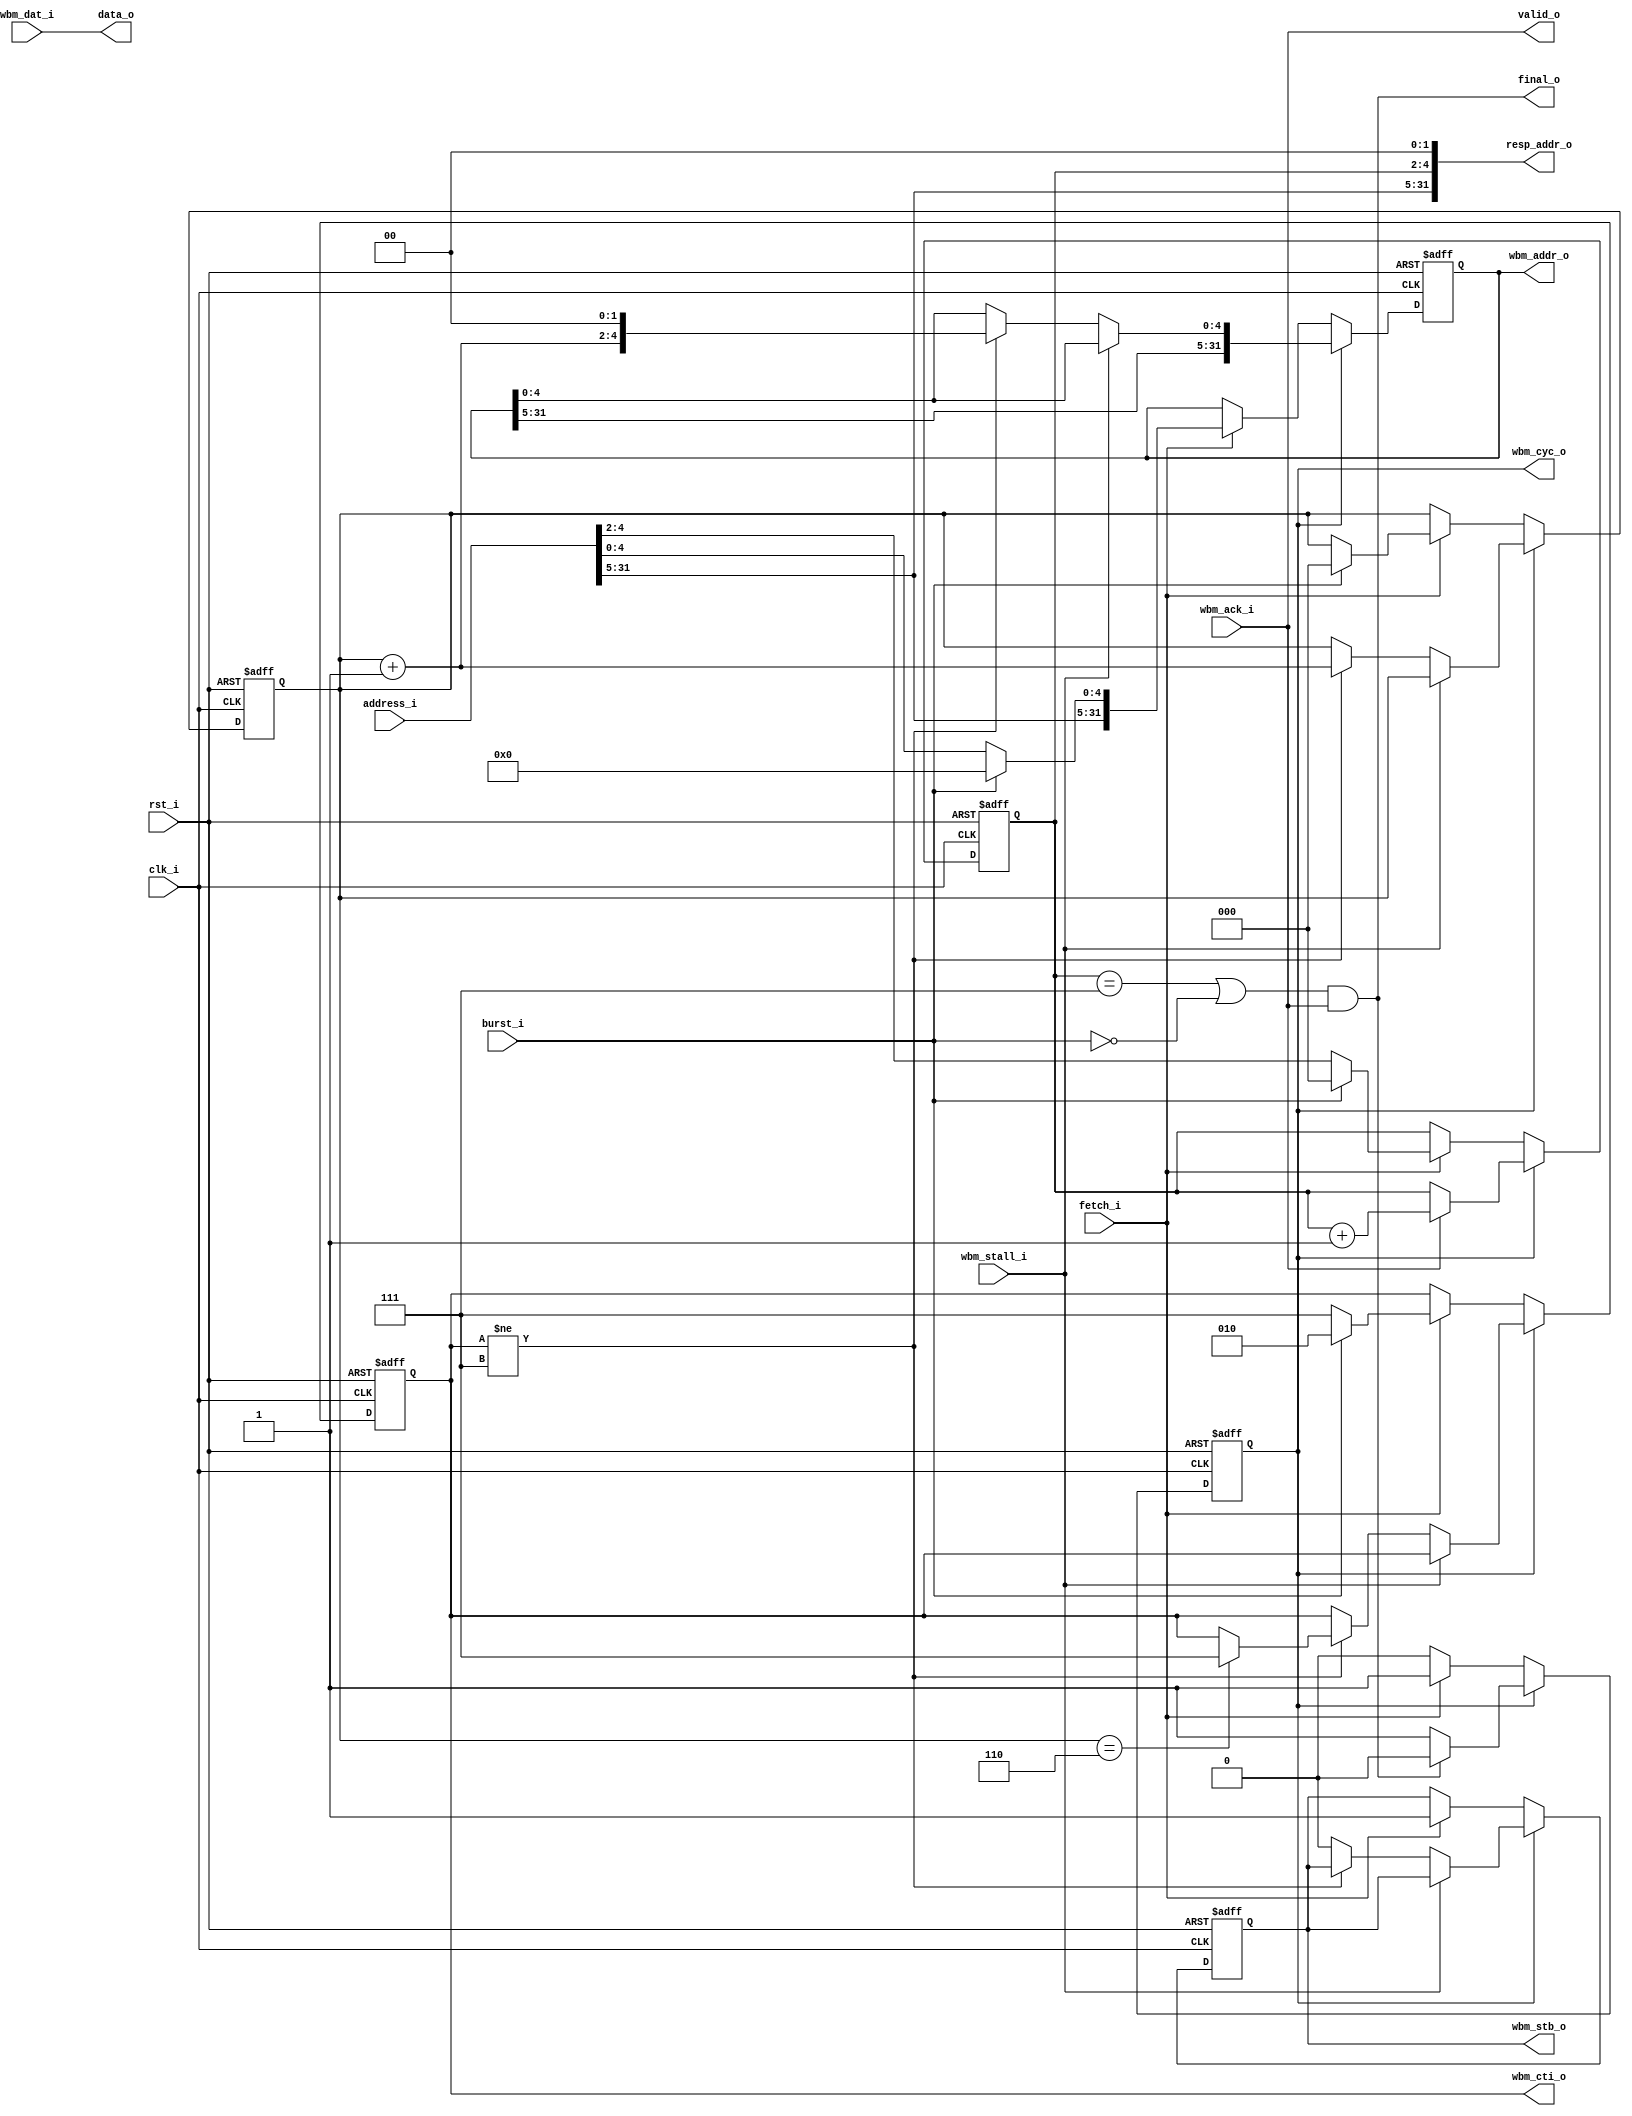
module altor32_wb_fetch
( 
    input                       clk_i ,
    input                       rst_i ,
    input                       fetch_i ,
    input                       burst_i ,
    input [31:0]                address_i ,
    output [31:0]               resp_addr_o ,
    output [31:0]               data_o ,
    output                      valid_o ,
    output                      final_o ,
    output reg [31:0]           wbm_addr_o ,
    input [31:0]                wbm_dat_i ,
    output reg [2:0]            wbm_cti_o ,
    output reg                  wbm_cyc_o ,
    output reg                  wbm_stb_o ,
    input                       wbm_stall_i,
    input                       wbm_ack_i
);
parameter FETCH_WORDS_W             = 3; 
parameter FETCH_BYTES_W             = FETCH_WORDS_W + 2;
parameter WB_CTI_BURST              = 3'b010;
parameter WB_CTI_FINAL              = 3'b111;
reg [FETCH_WORDS_W-1:0]  fetch_word_q;
reg [FETCH_WORDS_W-1:0]  resp_word_q;
wire [FETCH_WORDS_W-1:0] next_word_w  = fetch_word_q + 1;
wire penultimate_word_w  = (fetch_word_q == ({FETCH_WORDS_W{1'b1}}-1));
wire final_resp_w        = ((resp_word_q  == {FETCH_WORDS_W{1'b1}}) | ~burst_i);
always @ (posedge rst_i or posedge clk_i )
begin
   if (rst_i == 1'b1)
   begin
        wbm_addr_o      <= 32'h00000000;
        wbm_cti_o       <= 3'b0;
        wbm_stb_o       <= 1'b0;
        wbm_cyc_o       <= 1'b0;
        fetch_word_q    <= {FETCH_WORDS_W{1'b0}};
        resp_word_q     <= {FETCH_WORDS_W{1'b0}};
   end
   else
   begin
        if (!wbm_cyc_o)
        begin
            if (fetch_i)
            begin
                if (burst_i)
                begin
                    wbm_addr_o      <= {address_i[31:FETCH_BYTES_W], {FETCH_BYTES_W{1'b0}}};
                    fetch_word_q    <= {FETCH_WORDS_W{1'b0}};
                    resp_word_q     <= {FETCH_WORDS_W{1'b0}};
                    wbm_cti_o       <= WB_CTI_BURST;
                end
                else
                begin                    
                    wbm_addr_o      <= address_i;
                    resp_word_q     <= address_i[FETCH_BYTES_W-1:2];
                    wbm_cti_o       <= WB_CTI_FINAL;                    
                end
                wbm_stb_o           <= 1'b1;
                wbm_cyc_o           <= 1'b1;                        
            end
        end
        else
        begin
            if (~wbm_stall_i)
            begin
                if (wbm_cti_o != WB_CTI_FINAL)
                begin
                    wbm_addr_o      <= {wbm_addr_o[31:FETCH_BYTES_W], next_word_w, 2'b0};
                    fetch_word_q    <= next_word_w;
                    if (penultimate_word_w)
                        wbm_cti_o   <= WB_CTI_FINAL;
                end
                else
                    wbm_stb_o       <= 1'b0;
            end
            if (wbm_ack_i)
                resp_word_q         <= resp_word_q + 1;
            if (final_o)
                wbm_cyc_o           <= 1'b0;
        end
   end
end
assign data_o       = wbm_dat_i;
assign valid_o      = wbm_ack_i;
assign final_o      = final_resp_w & wbm_ack_i;
assign resp_addr_o  = {address_i[31:FETCH_BYTES_W], resp_word_q, 2'b0};
endmodule